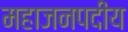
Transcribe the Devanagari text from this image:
महाजनपदीय